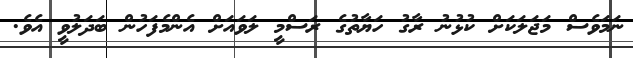
ނަމަވެސް މަޖަލަކަށް ކުޅުނު ރާގު ހަޔާތުގެ ރަސްމީ ލަވައަށް އެންމެފަހުން ބަދަލުވީ އެވެ.